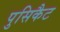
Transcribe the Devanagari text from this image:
पुसिकैट